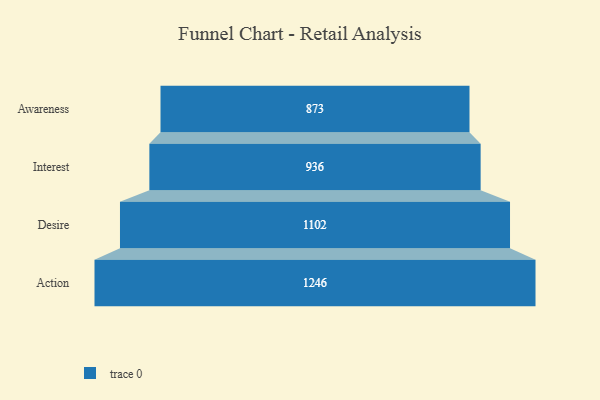
{"axis": {"x": "Stage", "y": "Value"}, "legend": [""], "data": [{"x": "Awareness", "y": 873.0, "type": ""}, {"x": "Interest", "y": 936.0, "type": ""}, {"x": "Desire", "y": 1102.0, "type": ""}, {"x": "Action", "y": 1246.0, "type": ""}]}